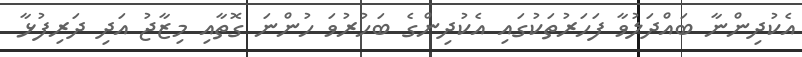
އެކުދިންނާ ބައްދަލުވާ ފަހަރުތަކުގައި އެކުދިންގެ ބަހުރުވަ ހުންނަ ގޮތާއި މިޒާޖު އަދި ދަރިފުޅާ